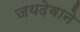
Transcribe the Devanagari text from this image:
जयदेवाने